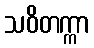
သဝိတက္ကာ